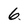
Character: 6